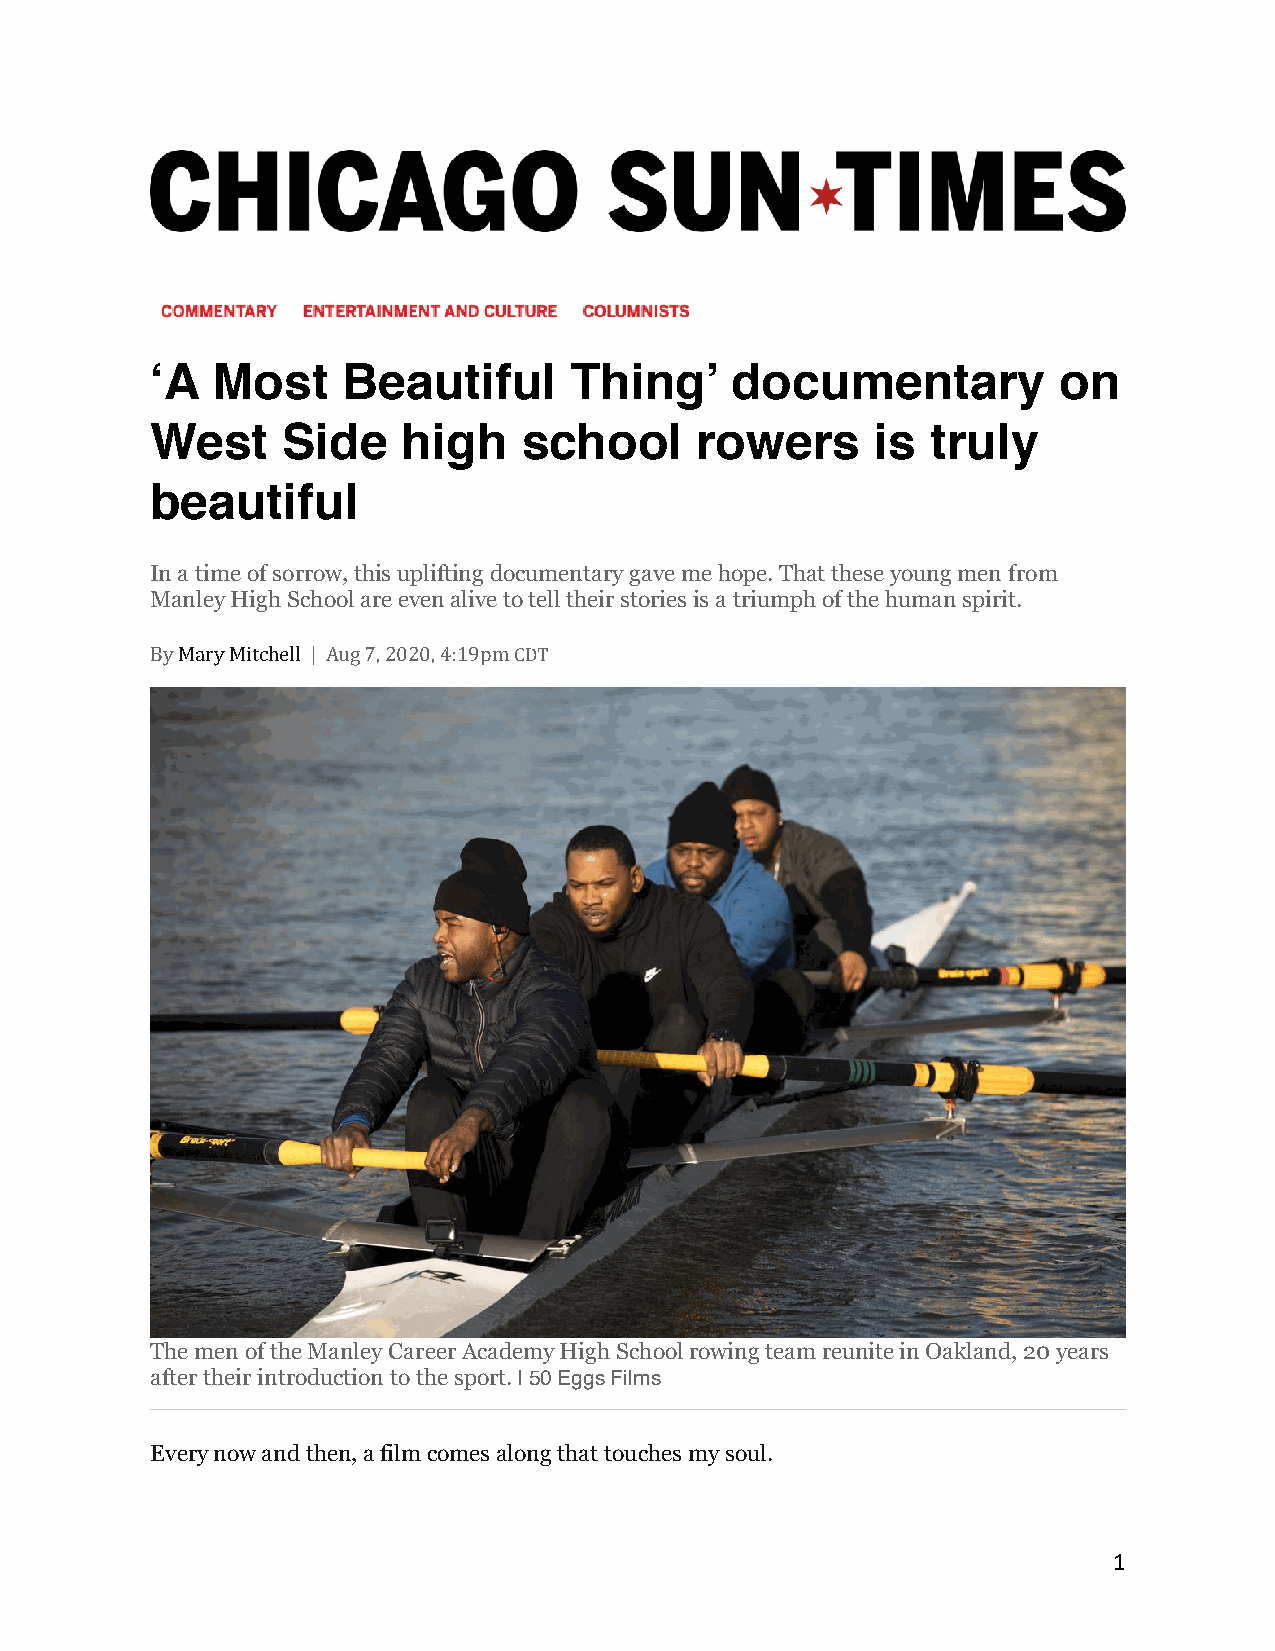
‘A  Most     Beautiful      Thing’    documentary           on
 West     Side    high    school     rowers      is  truly
 beautiful
 In a time of sorrow, this uplifting documentary gave me hope. That these young men from
 Manley High School are even alive to tell their stories is a triumph of the human spirit.
 By Mary Mitchell | Aug 7, 2020, 4:19pm CDT
 The men of the Manley Career Academy High School rowing team reunite in Oakland, 20 years
 after their introduction to the sport. | 50 Eggs Films
 Every now and then, a film comes along that touches my soul.
 1